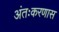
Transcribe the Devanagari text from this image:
अंतःकरणास